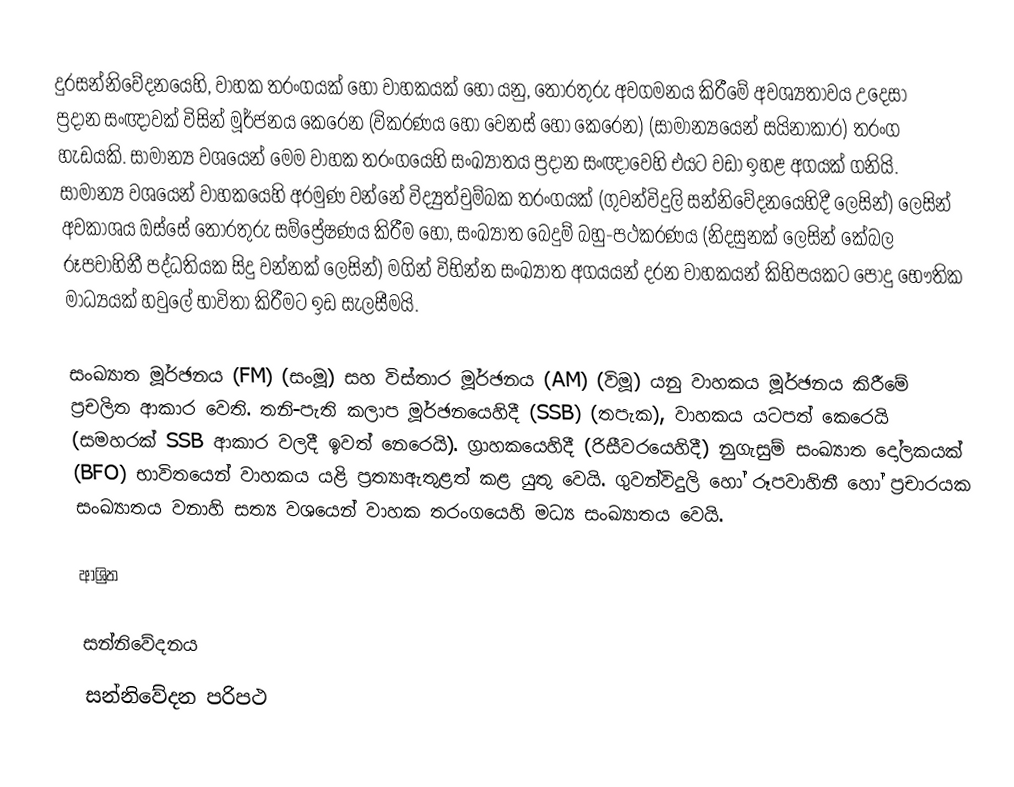
දුරසන්නිවේදනයෙහි, වාහක තරංගයක් හෝ  වාහකයක් හෝ යනු, තොරතුරු අවගමනය කිරීමේ අවශ්‍යතාවය උදෙසා   ප්‍රදාන සංඥාවක් විසින් මූර්ජනය කෙරෙන (විකරණය හෝ වෙනස් හෝ කෙරෙන) (සාමාන්‍යයෙන්  සයිනාකාර) තරංග හැඩයකි.  සාමාන්‍ය වශයෙන් මෙම වාහක තරංගයෙහි සංඛ්‍යාතය ප්‍රදාන සංඥාවෙහි එයට වඩා ඉහළ අගයක් ගනියි.  සාමාන්‍ය වශයෙන් වාහකයෙහි අරමුණ වන්නේ විද්‍යුත්චුම්බක තරංගයක් (ගුවන්විදුලි සන්නිවේදනයෙහිදී ලෙසින්) ලෙසින් අවකාශය ඔස්සේ තොරතුරු සම්ප්‍රේෂණය කිරීම හෝ, සංඛ්‍යාත බෙදුම් බහු-පථකරණය (නිදසුනක් ලෙසින් කේබල රූපවාහිනී පද්ධතියක සිදු වන්නක් ලෙසින්) මගින් විභින්න සංඛ්‍යාත අගයයන් දරන වාහකයන් කිහිපයකට පොදු භෞතික මාධ්‍යයක් හවුලේ භාවිතා කිරීමට ඉඩ සැලසීමයි.

සංඛ්‍යාත මූර්ඡනය (FM)  (සංමූ) සහ  විස්තාර  මූර්ඡනය (AM) (විමූ) යනු වාහකය මූර්ඡනය කිරීමේ ප්‍රචලිත ආකාර වෙති.    තනි-පැති කලාප මූර්ඡනයෙහිදී (SSB)  (තපැක), වාහකය යටපත් කෙරෙයි (සමහරක්  SSB ආකාර වලදී ඉවත් නෙරෙයි). ග්‍රාහකයෙහිදී (රිසීවරයෙහිදී)  නුගැසුම් සංඛ්‍යාත දෝලකයක් (BFO) භාවිතයෙන් වාහකය යළි ප්‍රත්‍යාඇතුළත් කළ යුතු වෙයි. ගුවන්විදුලි හෝ රූපවාහිනී හෝ ප්‍රචාරයක සංඛ්‍යාතය වනාහි සත්‍ය වශයෙන් වාහක තරංගයෙහි මධ්‍ය සංඛ්‍යාතය වෙයි.

ආශ්‍රිත

සන්නිවේදනය
සන්නිවේදන පරිපථ